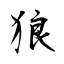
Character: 狼